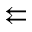
\leftleftarrows